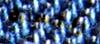
للخسارة